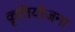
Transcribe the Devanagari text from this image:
क़ृतियोजना